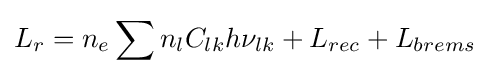
L_{r}=n_{e}\sum n_{l}C_{lk}h\nu _{lk}+L_{rec}+L_{brems}